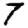
Digit: 7